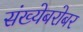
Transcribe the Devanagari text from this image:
संख्येबरोबर